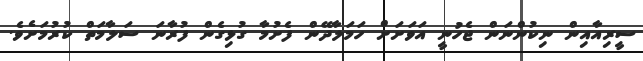
ސީރިއާއިން ނިކުންނަން ޖެހުނީ އަވަށަށް ހަމަލާދޭން ފެށުމާ ގުޅިގެން ފުރާނަ ސަލާމަތް ކުރުމަށެވެ.